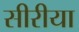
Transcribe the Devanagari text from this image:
सीरीया